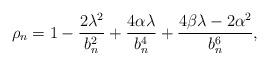
LaTeX: \begin{align*}\rho_n=1-\frac{2\lambda^2}{b_n^2}+\frac{4\alpha\lambda}{b_n^4}+\frac{4\beta\lambda-2\alpha^{2}}{b_n^6},\end{align*}